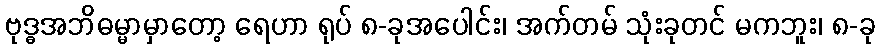
ဗုဒ္ဓအဘိဓမ္မာမှာတော့ ရေဟာ ရုပ် ၈-ခုအပေါင်း၊ အက်တမ် သုံးခုတင် မကဘူး၊ ၈-ခု